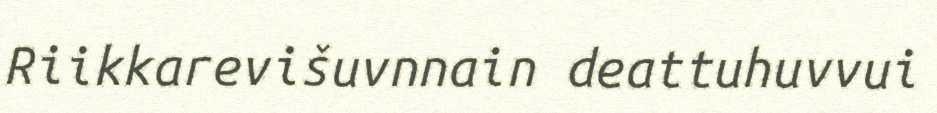
Riikkarevišuvnnain deattuhuvvui